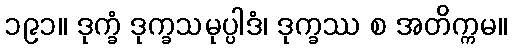
၁၉၁။ ဒုက္ခံ ဒုက္ခသမုပ္ပါဒံ၊ ဒုက္ခဿ စ အတိက္ကမ။